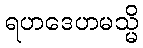
ရဟဒေဟမသ္မိ